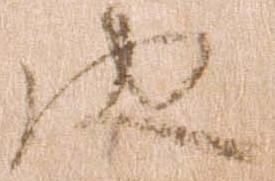
由